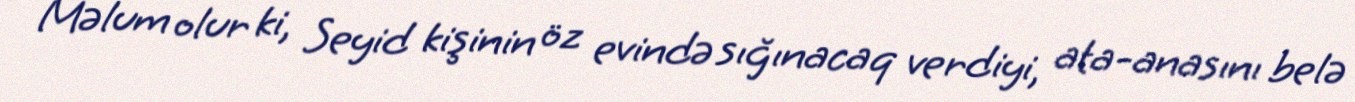
Məlum olur ki, Seyid kişinin öz evində sığınacaq verdiyi, ata-anasını belə